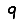
Digit: 9